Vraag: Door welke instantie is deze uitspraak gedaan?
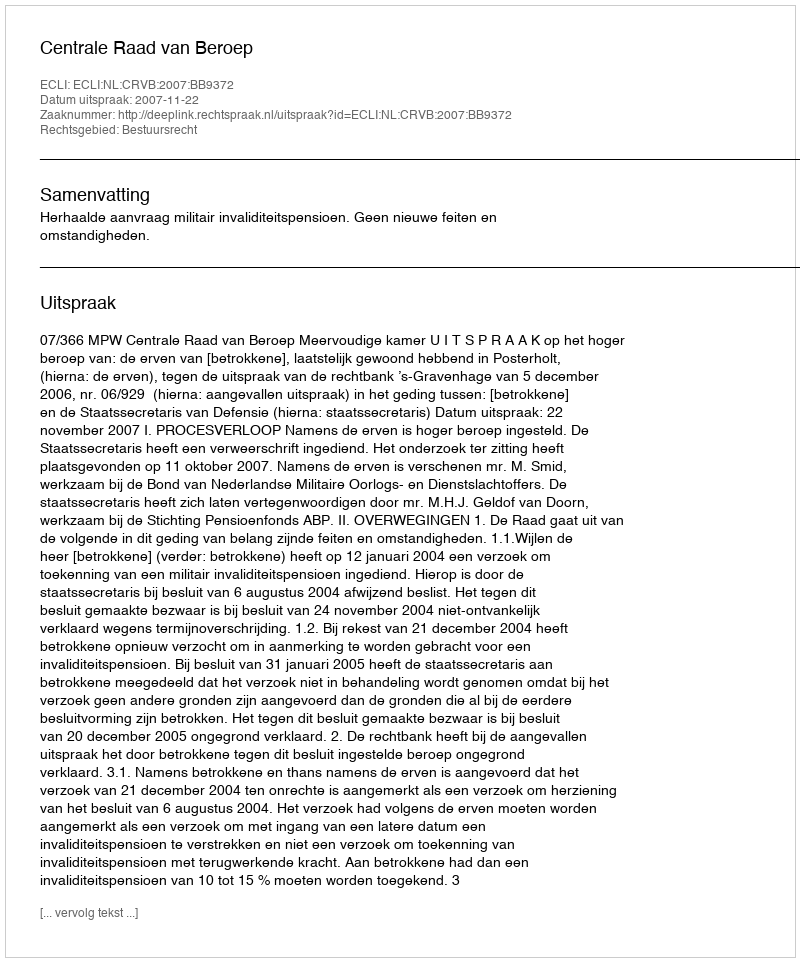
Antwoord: Centrale Raad van Beroep